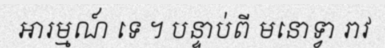
អារម្មណ៍ ទេ ។ បន្ទាប់ពី មនោទ្វា រាវ